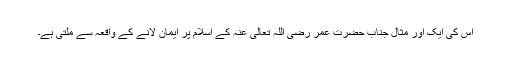
اس کی ایک اور مثال جناب حضرت عمر رضی اللہ تعالی عنہ کے اسلام پر ایمان لانے کے واقعہ سے ملتی ہے۔